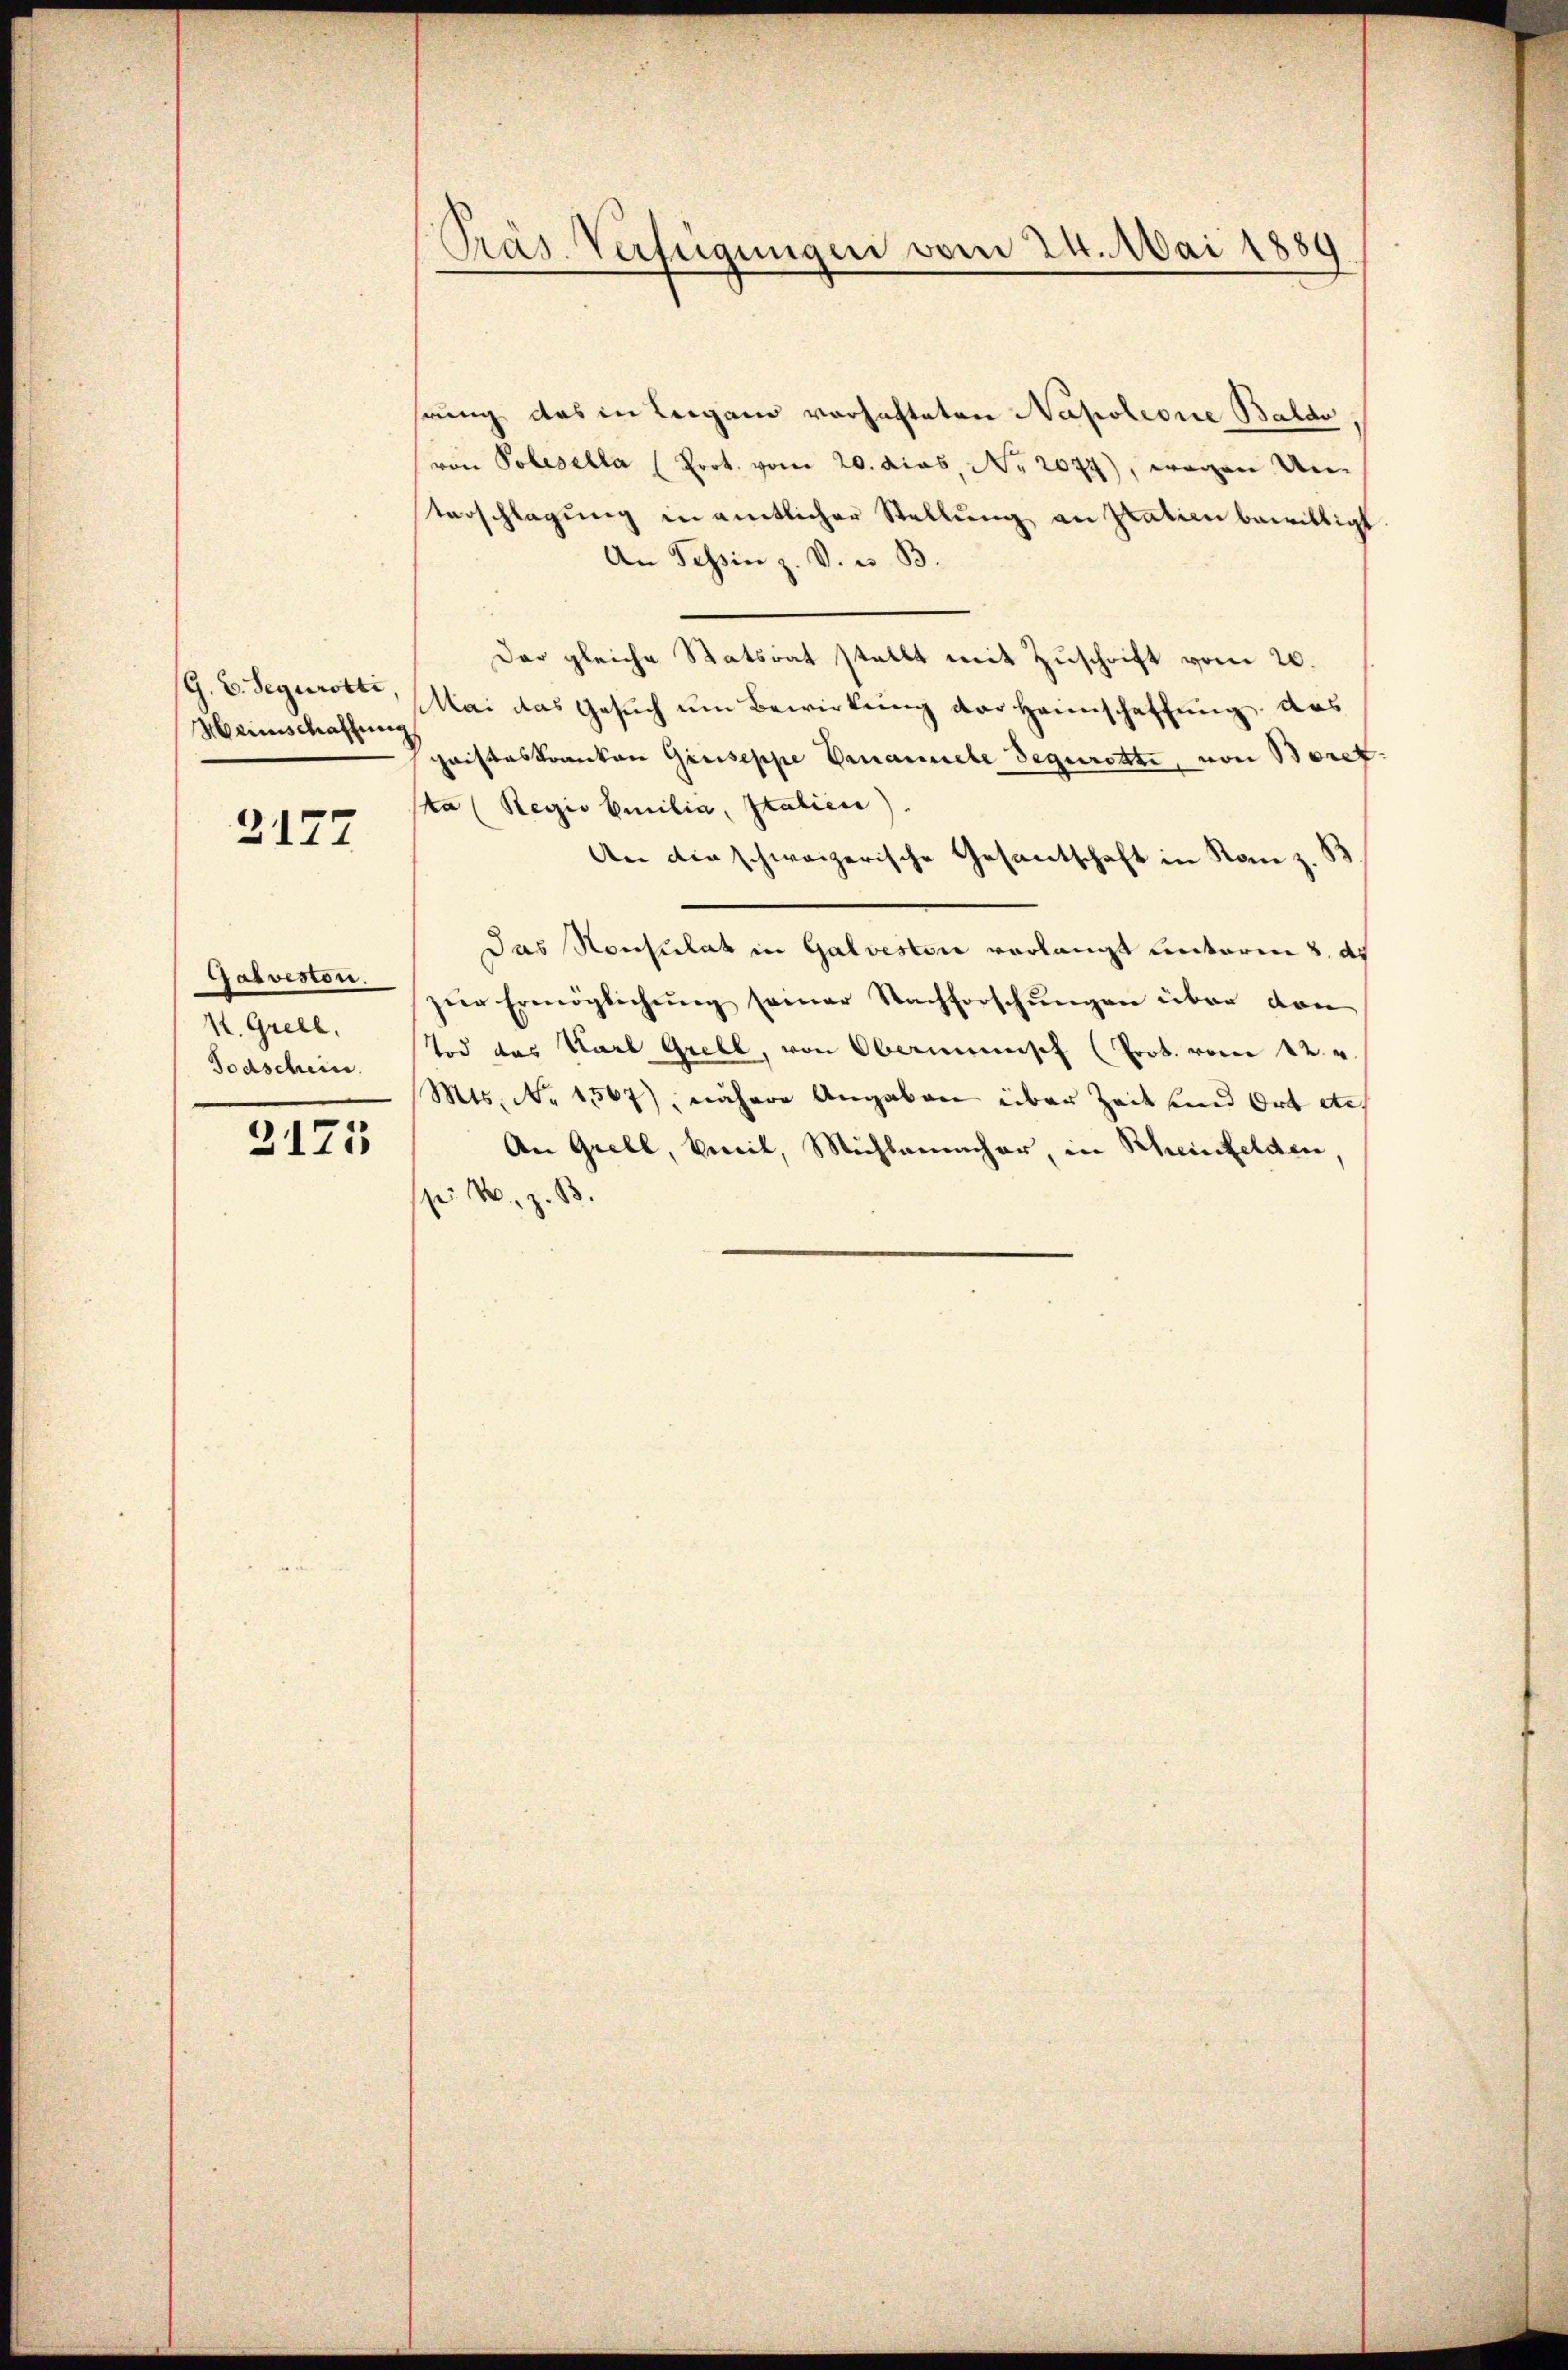
G. B. Segurotti,
Mainschaffung

3177

Galveston.
I. Grell,
Todschein.

2173

Präs. Verfügungen vom 24. Mai 1889

rung das in Leigano vorhafteten Napoleone Baldo
von Polesella (Prot. vom 20. dies, No 2077), wegen Un¬
Verschlagung in amtlicher Stellŭng an pration bewilligt.
An Tessin z. V. u. B.
Der gleiche Statsrat stellt mit Zuschrift vom 26.
Mai das Gesuch um Bewirkung der Heimschaffung, das
Cristeskranken Greiseppe Vacancele Sequrotte, von Boret
ta (Regio Emilia, Italien
An die schweizerische Gesantschaft in Kanz. B
Das Konsulat in Galvestor verlangt unterm 8. ds
zŭr Ermöglichŭng seiner Nachforschŭngen über dan
Tod des Karl Grell, von Oberminsch (Prot. vom 12. u.
Mts. No 1567), nähere Angaben über Zeit und Ort des
An Grell, keit, Michlemacher, in Rheinfelden,
p: 4. z. B.